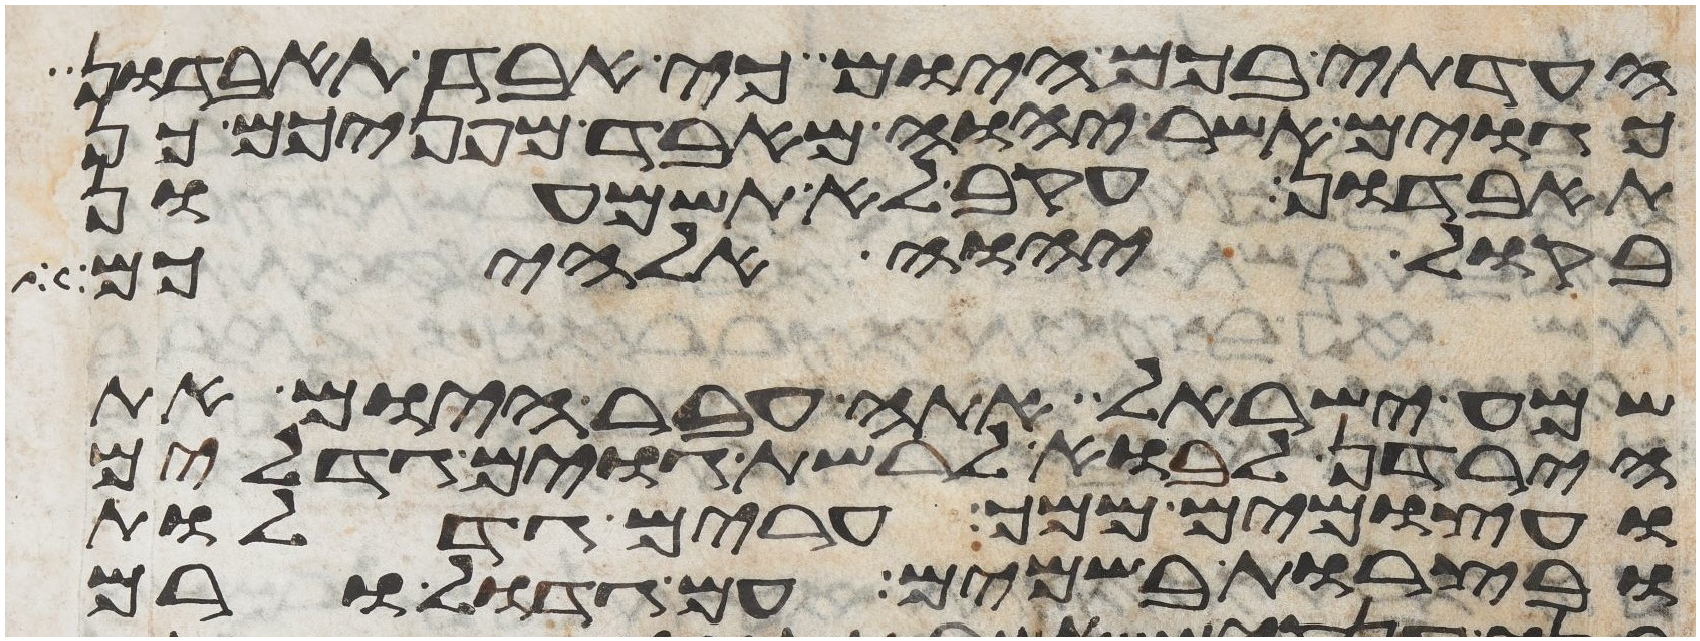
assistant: העדתי בכם היום כי אבד תאבדון
כגוים אשר יהוה מאבד מפניכם כן
תאבדון עקב לא תשמעון
בקול יהוה אלהיכם
שמע ישראל אתה עבר היום את
הירדן לבוא לרשת גוים גדלים
ועצמים ממך ערים גדלות
ובצרות בשמים עם גדול ורם